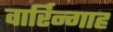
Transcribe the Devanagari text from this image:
वार्रिन्गाह